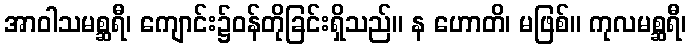
အာဝါသမစ္ဆရီ၊ ကျောင်း၌ဝန်တိုခြင်းရှိသည်။ န ဟောတိ၊ မဖြစ်။ ကုလမစ္ဆရီ၊